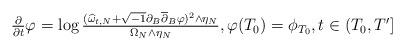
LaTeX: \begin{align*}\begin{array}[c]{c}\frac{\partial}{\partial t}\varphi=\log\frac{(\widehat{\omega}_{t,N}+\sqrt{-1}\partial_{B}\overline{\partial}_{B}\varphi)^{2}\wedge\eta_{N}}{\Omega_{N}\wedge\eta_{N}},\varphi(T_{0})=\phi_{T_{0}},t\in(T_{0},T^{\prime}]\end{array}\end{align*}